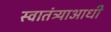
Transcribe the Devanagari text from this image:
स्वातंत्र्याआधी